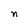
Character: n